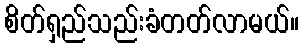
စိတ်ရှည်သည်းခံတတ်လာမယ်။